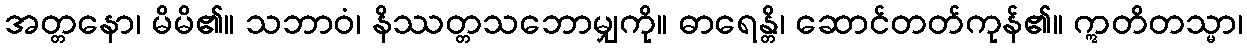
အတ္တနော၊ မိမိ၏။ သဘာဝံ၊ နိဿတ္တသဘောမျှကို။ ဓာရေန္တိ၊ ဆောင်တတ်ကုန်၏။ ဣတိတသ္မာ၊